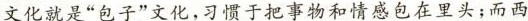
文化就是“包子”文化,习惯于把事物和情感包在里头;而西